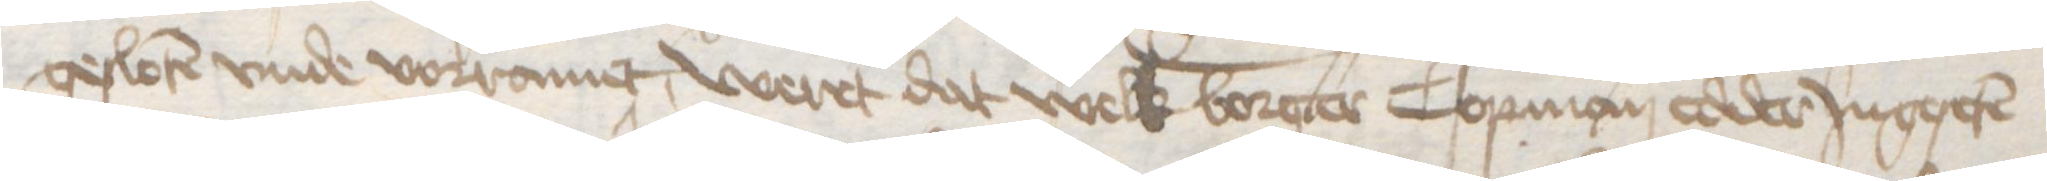
gesloten vnde vorramet, weret dat welk borger Copman edder Jngeseten